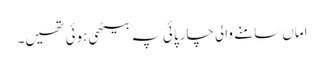
اماں سامنے والی چارپائی پہ بیٹھی ہوئی تھیں۔